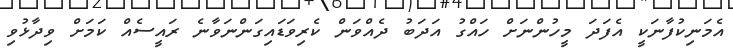
އެމަނިކުފާނަކީ އެފަދަ މީހުންނަށް ހައްގު އަދަބު ދެއްވަން ކެރިވަޑައިގަންނަވާނެ ރައީސެއް ކަމަށް ވިދާޅުވި